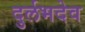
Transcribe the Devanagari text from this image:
दुर्लभदेव